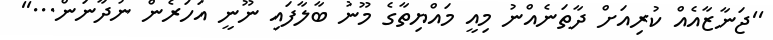
''ޖަނާޒާއެއް ކުރިއަށް ދާތަނެއްނު މިއީ މައްޔިތާގެ މޫނު ބާލާފައި ނޫނީ އަހަރެން ނުދާނަން...''